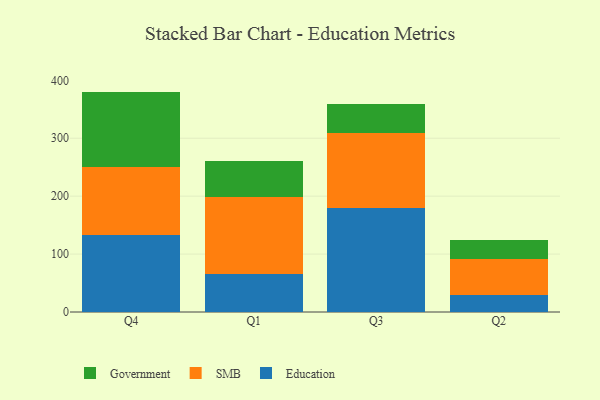
{"axis": {"x": "Quarter", "y": "Population (Million)"}, "legend": ["Education", "Government", "SMB"], "data": [{"x": "Q4", "y": 133.2, "type": "Education"}, {"x": "Q4", "y": 117.1, "type": "SMB"}, {"x": "Q4", "y": 130.2, "type": "Government"}, {"x": "Q1", "y": 65.8, "type": "Education"}, {"x": "Q1", "y": 132.8, "type": "SMB"}, {"x": "Q1", "y": 62.3, "type": "Government"}, {"x": "Q3", "y": 179.0, "type": "Education"}, {"x": "Q3", "y": 129.7, "type": "SMB"}, {"x": "Q3", "y": 50.5, "type": "Government"}, {"x": "Q2", "y": 28.5, "type": "Education"}, {"x": "Q2", "y": 62.4, "type": "SMB"}, {"x": "Q2", "y": 33.5, "type": "Government"}]}